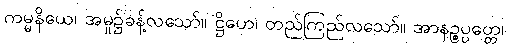
ကမ္မနိယေ၊ အမှု၌ခန့်လသော်။ ဋ္ဌိဟေ၊ တည်ကြည်လသော်။ အာနဉ္စပ္ပတ္တေ၊